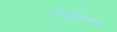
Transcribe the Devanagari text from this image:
गायबैल